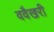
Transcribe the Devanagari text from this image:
ववैखरी